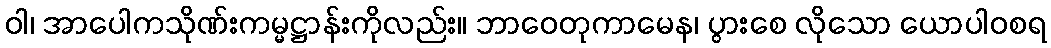
ဝါ၊ အာပေါကသိုဏ်းကမ္မဋ္ဌာန်းကိုလည်း။ ဘာဝေတုကာမေန၊ ပွားစေ လိုသော ယောပါဝစရ